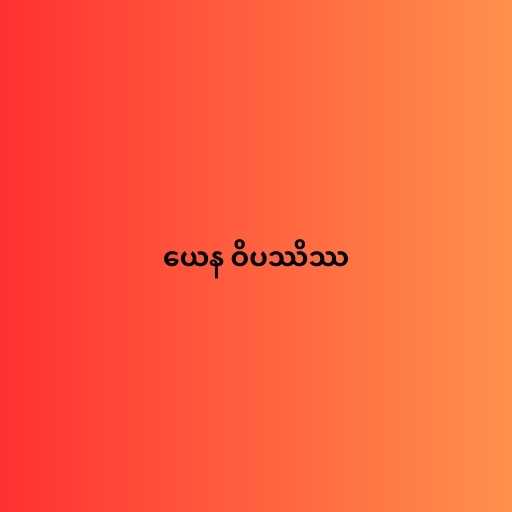
ယေန ဝိပဿိဿ